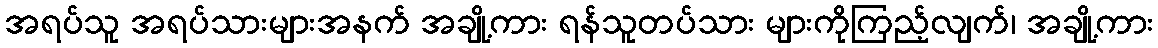
အရပ်သူ အရပ်သားများအနက် အချို့ကား ရန်သူတပ်သား များကိုကြည့်လျက်၊ အချို့ကား